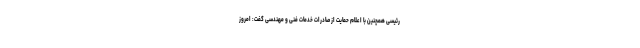
رئیسی همچنین با اعلام حمایت از صادرات خدمات فنی و مهندسی گفت: امروز